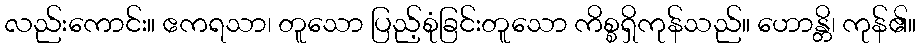
လည်းကောင်း။ ဧကရသာ၊ တူသော ပြည့်စုံခြင်းတူသော ကိစ္စရှိကုန်သည်။ ဟောန္တိ၊ ကုန်၏။